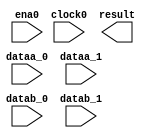
// megafunction wizard: %ALTMULT_ADD%VBB%
// GENERATION: STANDARD
// VERSION: WM1.0
// MODULE: ALTMULT_ADD 

// ============================================================
// Megafunction Name(s):
// 			ALTMULT_ADD
//
// Simulation Library Files(s):
// 			altera_mf
// ============================================================
// ************************************************************
// THIS IS A WIZARD-GENERATED FILE. DO NOT EDIT THIS FILE!
//
// 12.1 Build 177 11/07/2012 SJ Full Version
// ************************************************************

//Copyright (C) 1991-2012 Altera Corporation
//Your use of Altera Corporation's design tools, logic functions 
//and other software and tools, and its AMPP partner logic 
//functions, and any output files from any of the foregoing 
//(including device programming or simulation files), and any 
//associated documentation or information are expressly subject 
//to the terms and conditions of the Altera Program License 
//Subscription Agreement, Altera MegaCore Function License 
//Agreement, or other applicable license agreement, including, 
//without limitation, that your use is for the sole purpose of 
//programming logic devices manufactured by Altera and sold by 
//Altera or its authorized distributors.  Please refer to the 
//applicable agreement for further details.

module dsp_2mult_add (
	clock0,
	dataa_0,
	dataa_1,
	datab_0,
	datab_1,
	ena0,
	result);

	input	  clock0;
	input	[16:0]  dataa_0;
	input	[16:0]  dataa_1;
	input	[15:0]  datab_0;
	input	[15:0]  datab_1;
	input	  ena0;
	output	[34:0]  result;
`ifndef ALTERA_RESERVED_QIS
// synopsys translate_off
`endif
	tri1	  clock0;
	tri0	[16:0]  dataa_0;
	tri0	[16:0]  dataa_1;
	tri0	[15:0]  datab_0;
	tri0	[15:0]  datab_1;
	tri1	  ena0;
`ifndef ALTERA_RESERVED_QIS
// synopsys translate_on
`endif

endmodule

// ============================================================
// CNX file retrieval info
// ============================================================
// Retrieval info: PRIVATE: ACCUM_DIRECTION STRING "Add"
// Retrieval info: PRIVATE: ACCUM_SLOAD_ACLR_SRC NUMERIC "3"
// Retrieval info: PRIVATE: ACCUM_SLOAD_CLK_SRC NUMERIC "0"
// Retrieval info: PRIVATE: ACCUM_SLOAD_PIPE_ACLR_SRC NUMERIC "3"
// Retrieval info: PRIVATE: ACCUM_SLOAD_PIPE_CLK_SRC NUMERIC "0"
// Retrieval info: PRIVATE: ACCUM_SLOAD_PIPE_REG STRING "1"
// Retrieval info: PRIVATE: ACCUM_SLOAD_REG STRING "1"
// Retrieval info: PRIVATE: ADDNSUB1_ACLR_SRC NUMERIC "3"
// Retrieval info: PRIVATE: ADDNSUB1_CLK_SRC NUMERIC "0"
// Retrieval info: PRIVATE: ADDNSUB1_PIPE_ACLR_SRC NUMERIC "3"
// Retrieval info: PRIVATE: ADDNSUB1_PIPE_CLK_SRC NUMERIC "0"
// Retrieval info: PRIVATE: ADDNSUB1_PIPE_REG STRING "1"
// Retrieval info: PRIVATE: ADDNSUB1_REG STRING "1"
// Retrieval info: PRIVATE: ADDNSUB3_ACLR_SRC NUMERIC "3"
// Retrieval info: PRIVATE: ADDNSUB3_CLK_SRC NUMERIC "0"
// Retrieval info: PRIVATE: ADDNSUB3_PIPE_ACLR_SRC NUMERIC "3"
// Retrieval info: PRIVATE: ADDNSUB3_PIPE_CLK_SRC NUMERIC "0"
// Retrieval info: PRIVATE: ADDNSUB3_PIPE_REG STRING "1"
// Retrieval info: PRIVATE: ADDNSUB3_REG STRING "1"
// Retrieval info: PRIVATE: ADD_ENABLE NUMERIC "1"
// Retrieval info: PRIVATE: ALL_REG_ACLR NUMERIC "0"
// Retrieval info: PRIVATE: A_ACLR_SRC_MULT0 NUMERIC "3"
// Retrieval info: PRIVATE: A_CLK_SRC_MULT0 NUMERIC "0"
// Retrieval info: PRIVATE: B_ACLR_SRC_MULT0 NUMERIC "3"
// Retrieval info: PRIVATE: B_CLK_SRC_MULT0 NUMERIC "0"
// Retrieval info: PRIVATE: CHAINOUT_OUTPUT_ACLR NUMERIC "3"
// Retrieval info: PRIVATE: CHAINOUT_OUTPUT_REG STRING "0"
// Retrieval info: PRIVATE: CHAINOUT_OUTPUT_REGISTER NUMERIC "0"
// Retrieval info: PRIVATE: CHAINOUT_OUTPUT_REGISTERED NUMERIC "0"
// Retrieval info: PRIVATE: CHAS_ZERO_CHAINOUT NUMERIC "0"
// Retrieval info: PRIVATE: HAS_ACCUMULATOR NUMERIC "0"
// Retrieval info: PRIVATE: HAS_ACUMM_SLOAD NUMERIC "0"
// Retrieval info: PRIVATE: HAS_CHAININ_PORT NUMERIC "0"
// Retrieval info: PRIVATE: HAS_CHAINOUT_ADDER NUMERIC "0"
// Retrieval info: PRIVATE: HAS_LOOPBACK NUMERIC "0"
// Retrieval info: PRIVATE: HAS_MAC STRING "0"
// Retrieval info: PRIVATE: HAS_SAT_ROUND STRING "0"
// Retrieval info: PRIVATE: HAS_ZERO_LOOPBACK NUMERIC "0"
// Retrieval info: PRIVATE: IMPL_STYLE_DEDICATED NUMERIC "1"
// Retrieval info: PRIVATE: IMPL_STYLE_DEFAULT NUMERIC "0"
// Retrieval info: PRIVATE: IMPL_STYLE_LCELL NUMERIC "0"
// Retrieval info: PRIVATE: INTENDED_DEVICE_FAMILY STRING "Stratix IV"
// Retrieval info: PRIVATE: MULT_REGA0 NUMERIC "1"
// Retrieval info: PRIVATE: MULT_REGB0 NUMERIC "1"
// Retrieval info: PRIVATE: MULT_REGOUT0 NUMERIC "1"
// Retrieval info: PRIVATE: NUM_MULT STRING "2"
// Retrieval info: PRIVATE: OP1 STRING "Add"
// Retrieval info: PRIVATE: OP3 STRING "Add"
// Retrieval info: PRIVATE: OUTPUT_EXTRA_LAT NUMERIC "0"
// Retrieval info: PRIVATE: OUTPUT_REG_ACLR_SRC NUMERIC "3"
// Retrieval info: PRIVATE: OUTPUT_REG_CLK_SRC NUMERIC "0"
// Retrieval info: PRIVATE: Q_ACLR_SRC_MULT0 NUMERIC "3"
// Retrieval info: PRIVATE: Q_CLK_SRC_MULT0 NUMERIC "0"
// Retrieval info: PRIVATE: REG_OUT NUMERIC "1"
// Retrieval info: PRIVATE: RNFORMAT STRING "35"
// Retrieval info: PRIVATE: ROTATE_ACLR_SRC NUMERIC "3"
// Retrieval info: PRIVATE: ROTATE_CLK_SRC NUMERIC "0"
// Retrieval info: PRIVATE: ROTATE_OUT_ACLR_SRC NUMERIC "3"
// Retrieval info: PRIVATE: ROTATE_OUT_CLK_SRC NUMERIC "0"
// Retrieval info: PRIVATE: ROTATE_OUT_REG STRING "1"
// Retrieval info: PRIVATE: ROTATE_PIPE_ACLR_SRC NUMERIC "3"
// Retrieval info: PRIVATE: ROTATE_PIPE_CLK_SRC NUMERIC "0"
// Retrieval info: PRIVATE: ROTATE_PIPE_REG STRING "1"
// Retrieval info: PRIVATE: ROTATE_REG STRING "1"
// Retrieval info: PRIVATE: ROUND3_CHAINOUT_ACLR_SRC NUMERIC "3"
// Retrieval info: PRIVATE: ROUND3_CHAINOUT_CLK_SRC NUMERIC "0"
// Retrieval info: PRIVATE: ROUND3_CHAINOUT_MODE STRING "Enabled"
// Retrieval info: PRIVATE: ROUND3_CHAINOUT_OUT_ACLR_SRC NUMERIC "3"
// Retrieval info: PRIVATE: ROUND3_CHAINOUT_OUT_CLK_SRC NUMERIC "0"
// Retrieval info: PRIVATE: ROUND3_CHAINOUT_OUT_REG STRING "1"
// Retrieval info: PRIVATE: ROUND3_CHAINOUT_PIPE_ACLR_SRC NUMERIC "3"
// Retrieval info: PRIVATE: ROUND3_CHAINOUT_PIPE_CLK_SRC NUMERIC "0"
// Retrieval info: PRIVATE: ROUND3_CHAINOUT_PIPE_REG STRING "1"
// Retrieval info: PRIVATE: ROUND3_CHAINOUT_REG STRING "1"
// Retrieval info: PRIVATE: ROUND3_FRAC_WIDTH NUMERIC "27"
// Retrieval info: PRIVATE: ROUND3_OUTPUT_ACLR_SRC NUMERIC "3"
// Retrieval info: PRIVATE: ROUND3_OUTPUT_CHAINOUT_TYPE STRING "Nearest Integer"
// Retrieval info: PRIVATE: ROUND3_OUTPUT_CLK_SRC NUMERIC "0"
// Retrieval info: PRIVATE: ROUND3_OUTPUT_MODE STRING "Disabled"
// Retrieval info: PRIVATE: ROUND3_OUTPUT_PIPE_ACLR_SRC NUMERIC "3"
// Retrieval info: PRIVATE: ROUND3_OUTPUT_PIPE_CLK_SRC NUMERIC "0"
// Retrieval info: PRIVATE: ROUND3_OUTPUT_PIPE_REG STRING "1"
// Retrieval info: PRIVATE: ROUND3_OUTPUT_REG STRING "1"
// Retrieval info: PRIVATE: RQFORMAT STRING "Q1.15"
// Retrieval info: PRIVATE: RTS_WIDTH STRING "35"
// Retrieval info: PRIVATE: SAME_CONFIG NUMERIC "1"
// Retrieval info: PRIVATE: SAME_CONTROL_SRC_A0 NUMERIC "1"
// Retrieval info: PRIVATE: SAME_CONTROL_SRC_B0 NUMERIC "1"
// Retrieval info: PRIVATE: SAT3_CHAINOUT_ACLR_SRC NUMERIC "3"
// Retrieval info: PRIVATE: SAT3_CHAINOUT_CLK_SRC NUMERIC "0"
// Retrieval info: PRIVATE: SAT3_CHAINOUT_MODE STRING "Enabled"
// Retrieval info: PRIVATE: SAT3_CHAINOUT_OUT_ACLR_SRC NUMERIC "3"
// Retrieval info: PRIVATE: SAT3_CHAINOUT_OUT_CLK_SRC NUMERIC "0"
// Retrieval info: PRIVATE: SAT3_CHAINOUT_PIPE_ACLR_SRC NUMERIC "3"
// Retrieval info: PRIVATE: SAT3_CHAINOUT_PIPE_CLK_SRC NUMERIC "0"
// Retrieval info: PRIVATE: SAT3_CHAINOUT_PIPE_REG STRING "1"
// Retrieval info: PRIVATE: SAT3_CHAINOUT_REG STRING "1"
// Retrieval info: PRIVATE: SAT3_FRAC_WIDTH NUMERIC "5"
// Retrieval info: PRIVATE: SAT3_OUTPUT_ACLR_SRC NUMERIC "3"
// Retrieval info: PRIVATE: SAT3_OUTPUT_CHAINOUT_TYPE STRING "Asymmetric"
// Retrieval info: PRIVATE: SAT3_OUTPUT_CLK_SRC NUMERIC "0"
// Retrieval info: PRIVATE: SAT3_OUTPUT_MODE STRING "Enabled"
// Retrieval info: PRIVATE: SAT3_OUTPUT_OVERFLOW NUMERIC "0"
// Retrieval info: PRIVATE: SAT3_OUTPUT_PIPE_ACLR_SRC NUMERIC "3"
// Retrieval info: PRIVATE: SAT3_OUTPUT_PIPE_CLK_SRC NUMERIC "0"
// Retrieval info: PRIVATE: SAT3_OUTPUT_PIPE_REG STRING "1"
// Retrieval info: PRIVATE: SAT3_OUTPUT_REG STRING "1"
// Retrieval info: PRIVATE: SCANOUTA NUMERIC "0"
// Retrieval info: PRIVATE: SCANOUTB NUMERIC "0"
// Retrieval info: PRIVATE: SHIFTOUTA_ACLR_SRC NUMERIC "3"
// Retrieval info: PRIVATE: SHIFTOUTA_CLK_SRC NUMERIC "0"
// Retrieval info: PRIVATE: SHIFTOUTA_REG STRING "0"
// Retrieval info: PRIVATE: SHIFT_RIGHT_ACLR_SRC NUMERIC "3"
// Retrieval info: PRIVATE: SHIFT_RIGHT_CLK_SRC NUMERIC "0"
// Retrieval info: PRIVATE: SHIFT_RIGHT_OUT_ACLR_SRC NUMERIC "3"
// Retrieval info: PRIVATE: SHIFT_RIGHT_OUT_CLK_SRC NUMERIC "0"
// Retrieval info: PRIVATE: SHIFT_RIGHT_OUT_REG STRING "1"
// Retrieval info: PRIVATE: SHIFT_RIGHT_PIPE_ACLR_SRC NUMERIC "3"
// Retrieval info: PRIVATE: SHIFT_RIGHT_PIPE_CLK_SRC NUMERIC "0"
// Retrieval info: PRIVATE: SHIFT_RIGHT_PIPE_REG STRING "1"
// Retrieval info: PRIVATE: SHIFT_RIGHT_REG STRING "1"
// Retrieval info: PRIVATE: SHIFT_ROTATE_MODE STRING "None"
// Retrieval info: PRIVATE: SIGNA STRING "SIGNED"
// Retrieval info: PRIVATE: SIGNA_ACLR_SRC NUMERIC "3"
// Retrieval info: PRIVATE: SIGNA_CLK_SRC NUMERIC "0"
// Retrieval info: PRIVATE: SIGNA_PIPE_ACLR_SRC NUMERIC "3"
// Retrieval info: PRIVATE: SIGNA_PIPE_CLK_SRC NUMERIC "0"
// Retrieval info: PRIVATE: SIGNA_PIPE_REG STRING "1"
// Retrieval info: PRIVATE: SIGNA_REG STRING "1"
// Retrieval info: PRIVATE: SIGNB STRING "SIGNED"
// Retrieval info: PRIVATE: SIGNB_ACLR_SRC NUMERIC "3"
// Retrieval info: PRIVATE: SIGNB_CLK_SRC NUMERIC "0"
// Retrieval info: PRIVATE: SIGNB_PIPE_ACLR_SRC NUMERIC "3"
// Retrieval info: PRIVATE: SIGNB_PIPE_CLK_SRC NUMERIC "0"
// Retrieval info: PRIVATE: SIGNB_PIPE_REG STRING "1"
// Retrieval info: PRIVATE: SIGNB_REG STRING "1"
// Retrieval info: PRIVATE: SRCA0 STRING "Multiplier input"
// Retrieval info: PRIVATE: SRCB0 STRING "Multiplier input"
// Retrieval info: PRIVATE: SYNTH_WRAPPER_GEN_POSTFIX STRING "0"
// Retrieval info: PRIVATE: WIDTHA STRING "17"
// Retrieval info: PRIVATE: WIDTHB STRING "16"
// Retrieval info: PRIVATE: ZERO_CHAINOUT_ACLR_SRC NUMERIC "3"
// Retrieval info: PRIVATE: ZERO_CHAINOUT_CLK_SRC NUMERIC "0"
// Retrieval info: PRIVATE: ZERO_CHAINOUT_REG STRING "0"
// Retrieval info: PRIVATE: ZERO_LOOPBACK_ACLR_SRC NUMERIC "3"
// Retrieval info: PRIVATE: ZERO_LOOPBACK_CLK_SRC NUMERIC "0"
// Retrieval info: PRIVATE: ZERO_LOOPBACK_OUT_ACLR_SRC NUMERIC "3"
// Retrieval info: PRIVATE: ZERO_LOOPBACK_OUT_CLK_SRC NUMERIC "0"
// Retrieval info: PRIVATE: ZERO_LOOPBACK_OUT_REG STRING "1"
// Retrieval info: PRIVATE: ZERO_LOOPBACK_PIPE_ACLR_SRC NUMERIC "3"
// Retrieval info: PRIVATE: ZERO_LOOPBACK_PIPE_CLK_SRC NUMERIC "0"
// Retrieval info: PRIVATE: ZERO_LOOPBACK_PIPE_REG STRING "1"
// Retrieval info: PRIVATE: ZERO_LOOPBACK_REG STRING "1"
// Retrieval info: LIBRARY: altera_mf altera_mf.altera_mf_components.all
// Retrieval info: CONSTANT: ACCUMULATOR STRING "NO"
// Retrieval info: CONSTANT: ADDNSUB_MULTIPLIER_ACLR1 STRING "UNUSED"
// Retrieval info: CONSTANT: ADDNSUB_MULTIPLIER_PIPELINE_ACLR1 STRING "UNUSED"
// Retrieval info: CONSTANT: ADDNSUB_MULTIPLIER_PIPELINE_REGISTER1 STRING "CLOCK0"
// Retrieval info: CONSTANT: ADDNSUB_MULTIPLIER_REGISTER1 STRING "CLOCK0"
// Retrieval info: CONSTANT: CHAINOUT_ADDER STRING "NO"
// Retrieval info: CONSTANT: CHAINOUT_REGISTER STRING "UNREGISTERED"
// Retrieval info: CONSTANT: DEDICATED_MULTIPLIER_CIRCUITRY STRING "YES"
// Retrieval info: CONSTANT: INPUT_ACLR_A0 STRING "UNUSED"
// Retrieval info: CONSTANT: INPUT_ACLR_A1 STRING "UNUSED"
// Retrieval info: CONSTANT: INPUT_ACLR_B0 STRING "UNUSED"
// Retrieval info: CONSTANT: INPUT_ACLR_B1 STRING "UNUSED"
// Retrieval info: CONSTANT: INPUT_REGISTER_A0 STRING "CLOCK0"
// Retrieval info: CONSTANT: INPUT_REGISTER_A1 STRING "CLOCK0"
// Retrieval info: CONSTANT: INPUT_REGISTER_B0 STRING "CLOCK0"
// Retrieval info: CONSTANT: INPUT_REGISTER_B1 STRING "CLOCK0"
// Retrieval info: CONSTANT: INPUT_SOURCE_A0 STRING "DATAA"
// Retrieval info: CONSTANT: INPUT_SOURCE_A1 STRING "DATAA"
// Retrieval info: CONSTANT: INPUT_SOURCE_B0 STRING "DATAB"
// Retrieval info: CONSTANT: INPUT_SOURCE_B1 STRING "DATAB"
// Retrieval info: CONSTANT: INTENDED_DEVICE_FAMILY STRING "Stratix IV"
// Retrieval info: CONSTANT: LPM_TYPE STRING "altmult_add"
// Retrieval info: CONSTANT: MULTIPLIER1_DIRECTION STRING "ADD"
// Retrieval info: CONSTANT: MULTIPLIER_ACLR0 STRING "UNUSED"
// Retrieval info: CONSTANT: MULTIPLIER_ACLR1 STRING "UNUSED"
// Retrieval info: CONSTANT: MULTIPLIER_REGISTER0 STRING "CLOCK0"
// Retrieval info: CONSTANT: MULTIPLIER_REGISTER1 STRING "CLOCK0"
// Retrieval info: CONSTANT: NUMBER_OF_MULTIPLIERS NUMERIC "2"
// Retrieval info: CONSTANT: OUTPUT_ACLR STRING "UNUSED"
// Retrieval info: CONSTANT: OUTPUT_REGISTER STRING "CLOCK0"
// Retrieval info: CONSTANT: PORT_ADDNSUB1 STRING "PORT_UNUSED"
// Retrieval info: CONSTANT: PORT_SIGNA STRING "PORT_UNUSED"
// Retrieval info: CONSTANT: PORT_SIGNB STRING "PORT_UNUSED"
// Retrieval info: CONSTANT: REPRESENTATION_A STRING "SIGNED"
// Retrieval info: CONSTANT: REPRESENTATION_B STRING "SIGNED"
// Retrieval info: CONSTANT: SIGNED_ACLR_A STRING "UNUSED"
// Retrieval info: CONSTANT: SIGNED_ACLR_B STRING "UNUSED"
// Retrieval info: CONSTANT: SIGNED_PIPELINE_ACLR_A STRING "UNUSED"
// Retrieval info: CONSTANT: SIGNED_PIPELINE_ACLR_B STRING "UNUSED"
// Retrieval info: CONSTANT: SIGNED_PIPELINE_REGISTER_A STRING "CLOCK0"
// Retrieval info: CONSTANT: SIGNED_PIPELINE_REGISTER_B STRING "CLOCK0"
// Retrieval info: CONSTANT: SIGNED_REGISTER_A STRING "CLOCK0"
// Retrieval info: CONSTANT: SIGNED_REGISTER_B STRING "CLOCK0"
// Retrieval info: CONSTANT: WIDTH_A NUMERIC "17"
// Retrieval info: CONSTANT: WIDTH_B NUMERIC "16"
// Retrieval info: CONSTANT: WIDTH_CHAININ NUMERIC "1"
// Retrieval info: CONSTANT: WIDTH_RESULT NUMERIC "35"
// Retrieval info: CONSTANT: ZERO_CHAINOUT_OUTPUT_REGISTER STRING "UNREGISTERED"
// Retrieval info: CONSTANT: ZERO_LOOPBACK_ACLR STRING "UNUSED"
// Retrieval info: CONSTANT: ZERO_LOOPBACK_OUTPUT_ACLR STRING "UNUSED"
// Retrieval info: CONSTANT: ZERO_LOOPBACK_OUTPUT_REGISTER STRING "CLOCK0"
// Retrieval info: CONSTANT: ZERO_LOOPBACK_PIPELINE_ACLR STRING "UNUSED"
// Retrieval info: CONSTANT: ZERO_LOOPBACK_PIPELINE_REGISTER STRING "CLOCK0"
// Retrieval info: CONSTANT: ZERO_LOOPBACK_REGISTER STRING "CLOCK0"
// Retrieval info: USED_PORT: clock0 0 0 0 0 INPUT VCC "clock0"
// Retrieval info: USED_PORT: dataa_0 0 0 17 0 INPUT GND "dataa_0[16..0]"
// Retrieval info: USED_PORT: dataa_1 0 0 17 0 INPUT GND "dataa_1[16..0]"
// Retrieval info: USED_PORT: datab_0 0 0 16 0 INPUT GND "datab_0[15..0]"
// Retrieval info: USED_PORT: datab_1 0 0 16 0 INPUT GND "datab_1[15..0]"
// Retrieval info: USED_PORT: ena0 0 0 0 0 INPUT VCC "ena0"
// Retrieval info: USED_PORT: result 0 0 35 0 OUTPUT GND "result[34..0]"
// Retrieval info: CONNECT: @clock0 0 0 0 0 clock0 0 0 0 0
// Retrieval info: CONNECT: @dataa 0 0 17 0 dataa_0 0 0 17 0
// Retrieval info: CONNECT: @dataa 0 0 17 17 dataa_1 0 0 17 0
// Retrieval info: CONNECT: @datab 0 0 16 0 datab_0 0 0 16 0
// Retrieval info: CONNECT: @datab 0 0 16 16 datab_1 0 0 16 0
// Retrieval info: CONNECT: @ena0 0 0 0 0 ena0 0 0 0 0
// Retrieval info: CONNECT: result 0 0 35 0 @result 0 0 35 0
// Retrieval info: GEN_FILE: TYPE_NORMAL dsp_2mult_add.v TRUE
// Retrieval info: GEN_FILE: TYPE_NORMAL dsp_2mult_add.inc FALSE
// Retrieval info: GEN_FILE: TYPE_NORMAL dsp_2mult_add.cmp FALSE
// Retrieval info: GEN_FILE: TYPE_NORMAL dsp_2mult_add.bsf FALSE
// Retrieval info: GEN_FILE: TYPE_NORMAL dsp_2mult_add_inst.v TRUE
// Retrieval info: GEN_FILE: TYPE_NORMAL dsp_2mult_add_bb.v TRUE
// Retrieval info: LIB_FILE: altera_mf